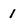
Character: l